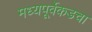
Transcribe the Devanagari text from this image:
मध्यपूर्वेकडचा